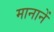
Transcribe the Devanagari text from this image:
मानानें